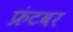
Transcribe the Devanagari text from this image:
फ्रंटवर